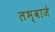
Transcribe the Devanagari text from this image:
लभ्वाजे